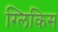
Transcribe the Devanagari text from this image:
ग्लिकिस